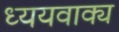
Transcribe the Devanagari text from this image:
ध्ययवाक्य